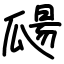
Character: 㼒